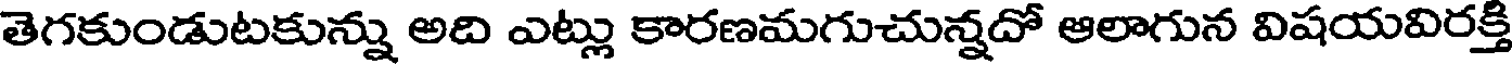
తెగకుండుటకున్ను అది ఎట్లు కారణమగుచున్నదో ఆలాగున విషయవిరక్తి